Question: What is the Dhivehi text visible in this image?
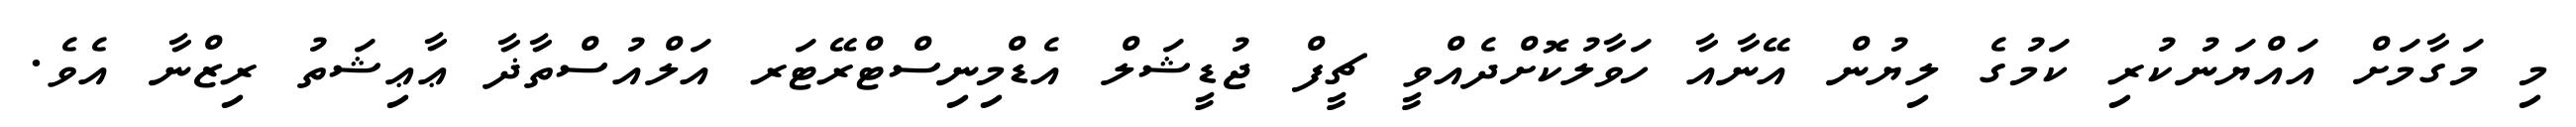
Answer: މި މަގާމަށް އައްޔަނުކުރި ކަމުގެ ލިޔުން އޭނާއާ ހަވާލުކޮށްދެއްވީ ޗީފް ޖުޑީޝަލް އެޑްމިނިސްޓްރޭޓަރ އަލްއުސްތާޛާ ޢާޢިޝަތު ރިޒްނާ އެވެ.